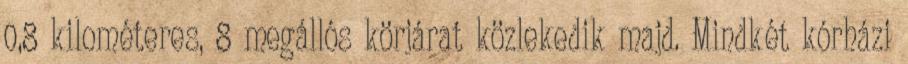
0,8 kilométeres, 8 megállós körjárat közlekedik majd. Mindkét kórházi